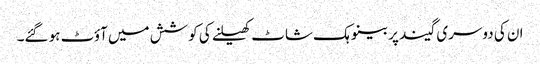
ان کی دوسری گیند پر بینو ہک شاٹ کھیلنے کی کوشش میں آؤٹ ہو گئے۔